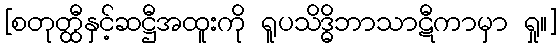
[စတုတ္ထီနှင့်ဆဋ္ဌီအထူးကို ရူပသိဒ္ဓိဘာသာဋီကာမှာ ရှု။]